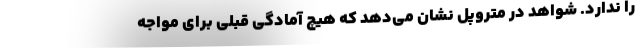
را ندارد. شواهد در متروپل نشان می‌دهد که هیچ آمادگی قبلی برای مواجه